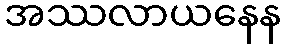
အဿလာယနေန